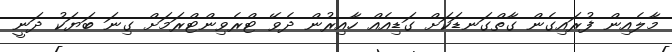
މާލެއިން ފުރައިގެން ގާތްގަނޑަކަށް ގަޑިއެއް ހާއިރުން ދެވޭ ޓްރެވިންޓްރަމަށް ގިނަ ބަޔަކު ދަނީ